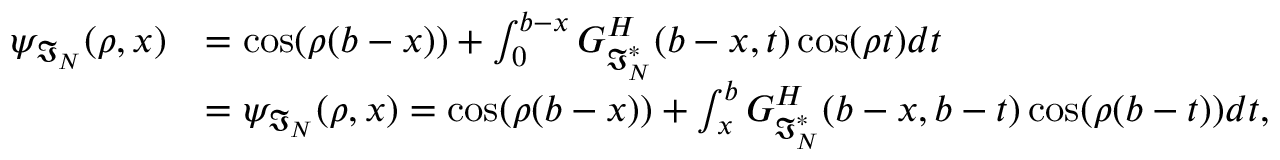
\begin{array} { r l } { \psi _ { \mathfrak { I } _ { N } } ( \rho , x ) } & { = \cos ( \rho ( b - x ) ) + \int _ { 0 } ^ { b - x } G _ { \mathfrak { I } _ { N } ^ { * } } ^ { H } ( b - x , t ) \cos ( \rho t ) d t } \\ & { = \psi _ { \mathfrak { I } _ { N } } ( \rho , x ) = \cos ( \rho ( b - x ) ) + \int _ { x } ^ { b } G _ { \mathfrak { I } _ { N } ^ { * } } ^ { H } ( b - x , b - t ) \cos ( \rho ( b - t ) ) d t , } \end{array}